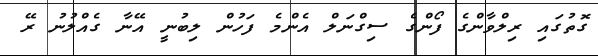
ގޮތުގައި ރިލްވާންގެ ފޯންގެ ސިގްނަލް އެންމެ ފަހުން ލިބުނީ އޭނާ ގެއްލުނު ރޭ